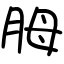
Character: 胟